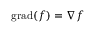
\operatorname { g r a d } ( f ) = \nabla f